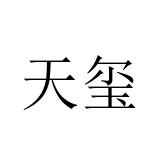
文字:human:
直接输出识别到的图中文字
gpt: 天玺